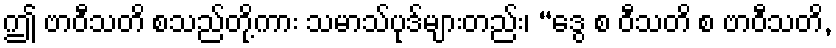
ဤ ဗာဝီသတိ စသည်တို့ကား သမာသ်ပုဒ်များတည်း၊ “ဒွေ စ ဝီသတိ စ ဗာဝီသတိ,